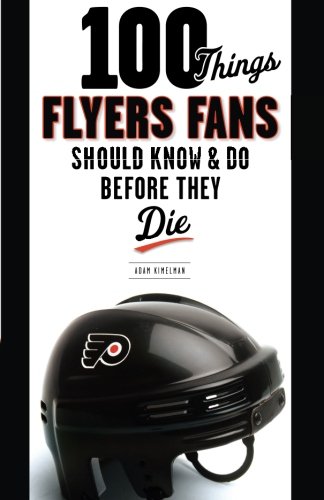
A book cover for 100 Things Flyers Fans Should Know & Do Before They Die (100 Things...Fans Should Know); Adam Kimelman; Sports & Outdoors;